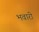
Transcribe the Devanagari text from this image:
भवारी